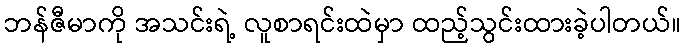
ဘန်ဇီမာကို အသင်းရဲ့ လူစာရင်းထဲမှာ ထည့်သွင်းထားခဲ့ပါတယ်။